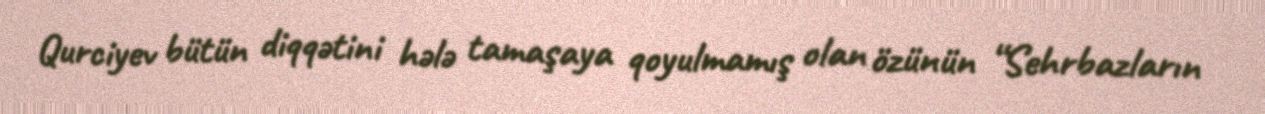
Qurciyev bütün diqqətini hələ tamaşaya qoyulmamış olan özünün “Sehrbazların